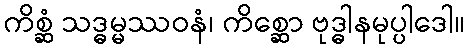
ကိစ္ဆံ သဒ္ဓမ္မဿဝနံ၊ ကိစ္ဆော ဗုဒ္ဓါနမုပ္ပါဒေါ။